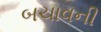
બચાવની